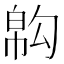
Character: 𢄇